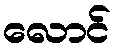
လောင်